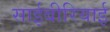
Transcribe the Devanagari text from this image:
साईबीरियाई